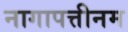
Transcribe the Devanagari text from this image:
नागापत्तीनम